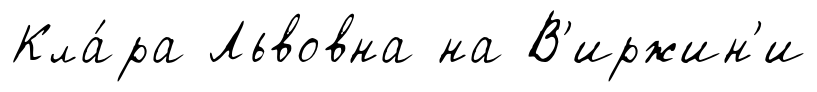
Кла́ра Львовна на В'иржин'и